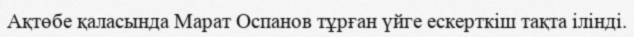
Ақтөбе қаласында Марат Оспанов тұрған үйге ескерткіш тақта ілінді.